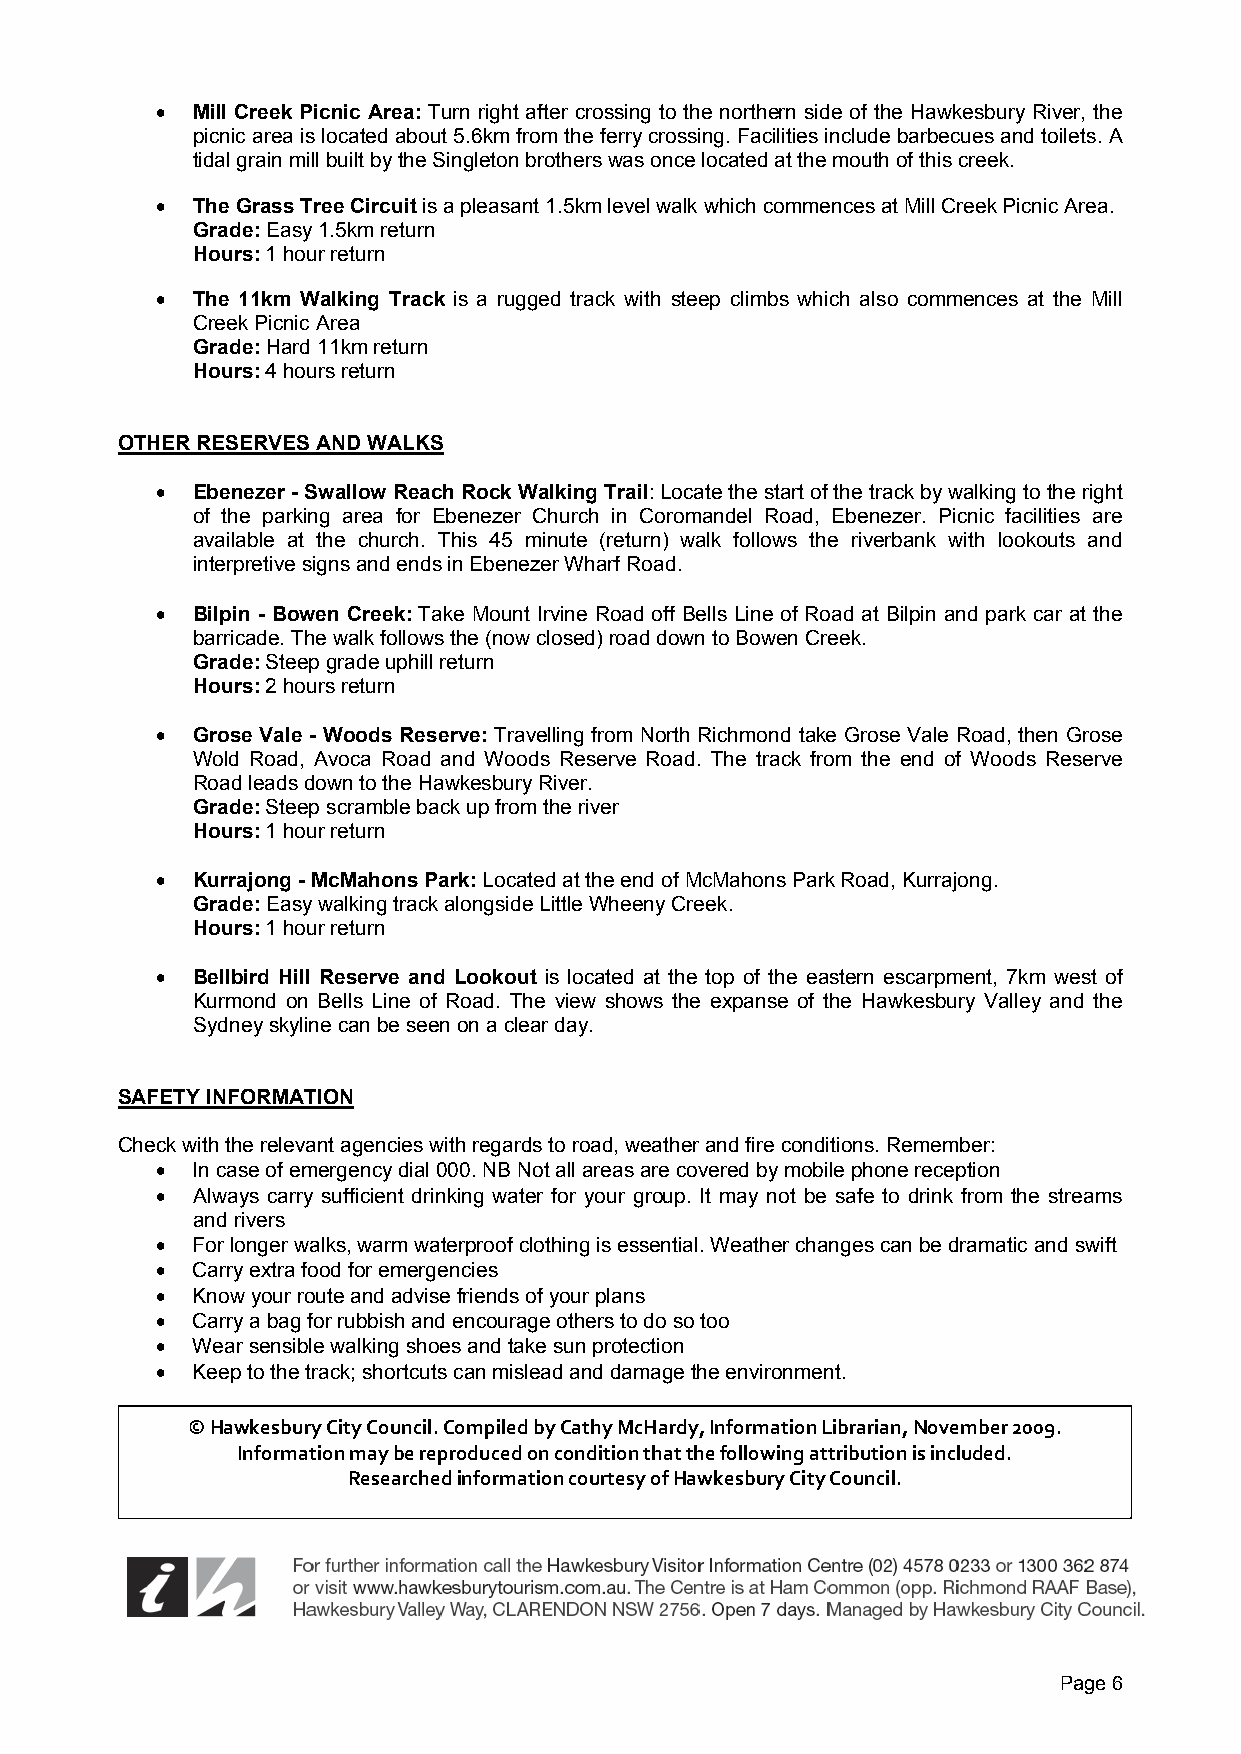
!  Mill Creek Picnic Area: Turn right after crossing to the northern side of the Hawkesbury River, the
 picnic area is located about 5.6km from the ferry crossing. Facilities include barbecues and toilets. A
 tidal grain mill built by the Singleton brothers was once located at the mouth of this creek.
 !  The Grass Tree Circuit is a pleasant 1.5km level walk which commences at Mill Creek Picnic Area.
 Grade: Easy 1.5km return
 Hours: 1 hour return
 !  The 11km Walking Track is a rugged track with steep climbs which also commences at the Mill
 Creek Picnic Area
 Grade: Hard 11km return
 Hours: 4 hours return
 OTHER RESERVES AND WALKS
 !  Ebenezer - Swallow Reach Rock Walking Trail: Locate the start of the track by walking to the right
 of the parking area for Ebenezer Church in Coromandel Road, Ebenezer. Picnic facilities are
 available at the church. This 45 minute (return) walk follows the riverbank with lookouts and
 interpretive signs and ends in Ebenezer Wharf Road.
 !  Bilpin - Bowen Creek: Take Mount Irvine Road off Bells Line of Road at Bilpin and park car at the
 barricade. The walk follows the (now closed) road down to Bowen Creek.
 Grade: Steep grade uphill return
 Hours: 2 hours return
 !  Grose Vale - Woods Reserve: Travelling from North Richmond take Grose Vale Road, then Grose
 Wold Road, Avoca Road and Woods Reserve Road. The track from the end of Woods Reserve
 Road leads down to the Hawkesbury River.
 Grade: Steep scramble back up from the river
 Hours: 1 hour return
 !  Kurrajong - McMahons Park: Located at the end of McMahons Park Road, Kurrajong.
 Grade: Easy walking track alongside Little Wheeny Creek.
 Hours: 1 hour return
 !  Bellbird Hill Reserve and Lookout is located at the top of the eastern escarpment, 7km west of
 Kurmond on Bells Line of Road. The view shows the expanse of the Hawkesbury Valley and the
 Sydney skyline can be seen on a clear day.
 SAFETY INFORMATION
 Check with the relevant agencies with regards to road, weather and fire conditions. Remember:
 !  In case of emergency dial 000. NB Not all areas are covered by mobile phone reception
 !  Always carry sufficient drinking water for your group. It may not be safe to drink from the streams
 and rivers
 !  For longer walks, warm waterproof clothing is essential. Weather changes can be dramatic and swift
 !  Carry extra food for emergencies
 !  Know your route and advise friends of your plans
 !  Carry a bag for rubbish and encourage others to do so too
 !  Wear sensible walking shoes and take sun protection
 !  Keep to the track; shortcuts can mislead and damage the environment.
 !!"#$%&'()*+!,-.+!,/)01-23!,/45-2&6!(+!,#.7+!81"#*6+9!:0;/*4#.-/0!<-(*#*-#09!=/>&4(&*!?@@A3!
 :0;/*4#.-/0!4#+!(&!*&5*/6)1&6!/0!1/06-.-/0!.7#.!.7&!;/22/$-0B!#..*-().-/0!-'!-012)6&63!
 C&'&#*17&6!-0;/*4#.-/0!1/)*.&'+!/;!"#$%&'()*+!,-.+!,/)01-23!
 Page 6